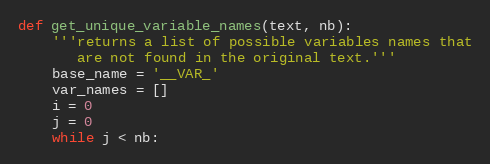
Language: Python
def get_unique_variable_names(text, nb):
    '''returns a list of possible variables names that
       are not found in the original text.'''
    base_name = '__VAR_'
    var_names = []
    i = 0
    j = 0
    while j < nb: